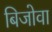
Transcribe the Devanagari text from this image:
बिजोवा